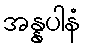
အန္နပါနံ